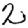
Digit: 2